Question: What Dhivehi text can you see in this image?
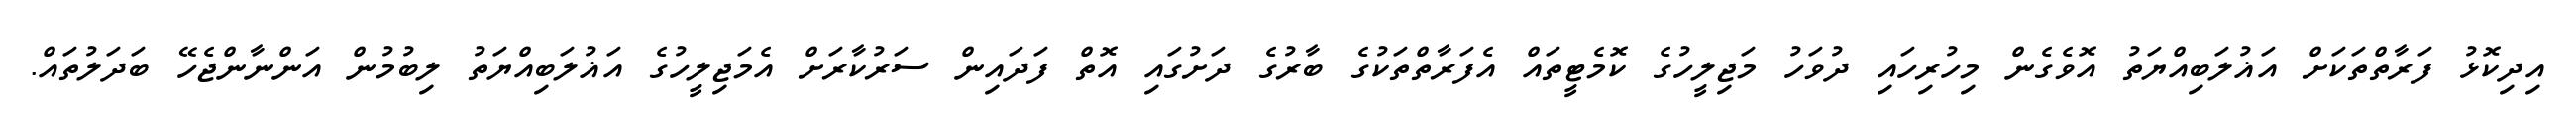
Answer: އިދިކޮޅު ފަރާތްތަކަށް އަޣުލަބިއްޔަތު އޮވެގެން މިހުރިހައި ދުވަހު މަޖިލީހުގެ ކޮމެޓީތައް އެފަރާތްތަކުގެ ބާރުގެ ދަށުގައި އޮތް ފަދައިން ސަރުކާރަށް އެމަޖިލީހުގެ އަޣުލަބިއްޔަތު ލިބުމުން އަންނާންޖެހޭ ބަދަލުތައް.